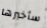
سأخبرها